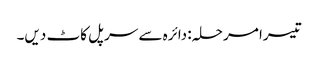
تیسرا مرحلہ: دائرہ سے سرپل کاٹ دیں۔